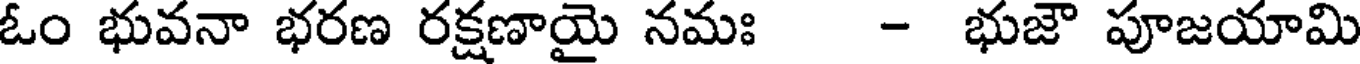
ఓం భువనా భరణ రక్షణాయై నమః - భుజౌ పూజయామి